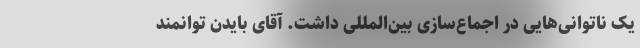
یک ناتوانی‌هایی در اجماع‌سازی بین‌المللی داشت. آقای بایدن توانمند